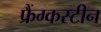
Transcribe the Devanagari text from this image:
फ्रैंग्कस्टीन